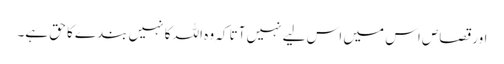
اور قصاص اس میں اس لیے نہیں آتا کہ وہ اللہ کا نہیں بندے کا حق ہے۔